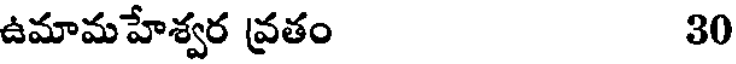
ఉమామహేశ్వర వ్రతం 30